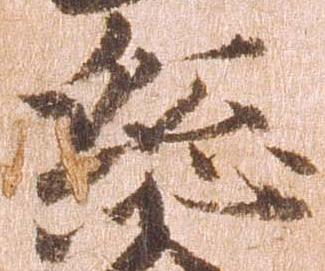
総